Vaccination in Bombay 1863-1868 - 1863-1868
Year: 1863
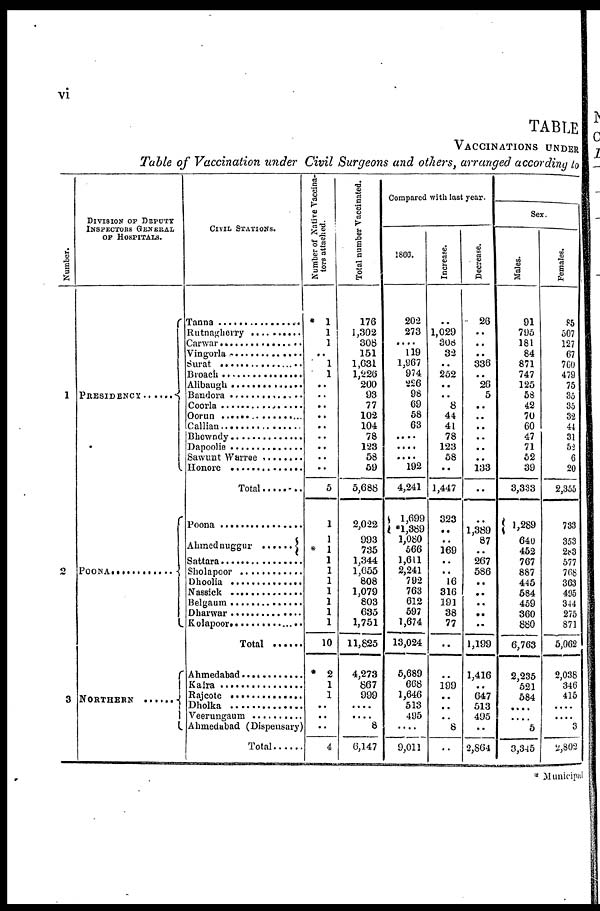
vi
TABLE
VACCINATIONS UNDER
Table of Vaccination under Civil Surgeons and others, arranged according to
Number.
1
2
3
DIVISION OF DEPUTY
INSPECTORS GENERAL
OF HOSPITALS.
PRESIDENCY ........
POONA .................
NORTHERN ......
CIVIL STATIONS.
Tanna ......................
Rutnagherry ..............
Carwar ....................
Vingorla ...................
Surat .....................
Broach .................
Alibaugh ..................
Bandora ..................
Coorla .....................
Oorun .....................
Callian ..................
Bhewndy .............
Dapoolie
Sawunt Warree
Honore ..........
Total .................
Poona ..................
Ahmednuggur .......
Sattara ................
Sholapoor ....................
Dhoolia ..............
Nassick .....................
Belgaum ........................
Dharwar .....................
Kolapoor ....................
Total ...............
Ahmedabad ..............
Kaira ....................
Rajcote ..................
Dholka
Veerungaum
Ahmedabad (Dispensary)
Total ......
Number of Native Vaccina-
tors attached.
* 1
1
1
..
1
1
..
..
..
..
..
..
..
..
..
5
1
1
* 1
1
1
1
1
1
1
1
10
* 2
1
1
..
..
..
4
Total number Vaccinated.
176
1,302
308
151
1,631
1,226
200
93
77
102
104
78
123
58
59
5,688
2,022
993
735
1,344
1,655
808
1,079
803
635
1,751
11,825
4,273
867
999
....
....
8
6,147
Compared with last year.
1866.
202
273
.... 119
1,967
974
226
98
69
58
63
....
....
....
192
4,241
1,699
*1,389
1,080
566
1,611
2,241
792
763
612
597
1,674
13,024
5,689
668
1,646
513
495
....
9,011
Increase.
..
1,029
308
32
..
252
..
.. 8
44
41
78
123
58
..
1,447
323
..
..
169
..
..
16
316
191
38
77
..
..
199
..
..
..
8
..
Decrease.
26
..
..
..
336
.. 26
5
..
..
..
..
..
..
133
..
..
1,389
87
..
267
586
..
..
..
..
..
1,199
1,416
..
647
513
495
..
2,864
Sex.
Males.
91
795
181
84
871
747
125
58
42
70
60
47
71
52
39
3,333
1,289
640
452
767
887
445
584
459
360
880
6,763
2,235
521
584
....
....
5
3,345
Females.
85
507
127
67
760
479
75
35
35
32
44
31
52
6
20
2,355
733
353
283
577
768
363
495
344
275
871
5,062
2,038
346
415
....
....
3
2,802
* Municipal